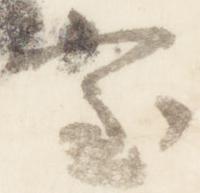
室